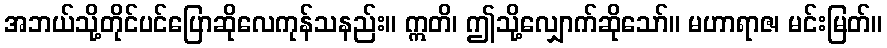
အဘယ်သို့တိုင်ပင်ပြောဆိုလေကုန်သနည်း။ ဣတိ၊ ဤသို့လျှောက်ဆိုသော်။ မဟာရာဇ၊ မင်းမြတ်။